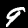
Digit: 9